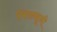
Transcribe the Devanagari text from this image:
भिख्खूनी